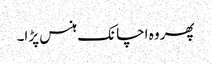
پھر وہ اچانک ہنس پڑا۔